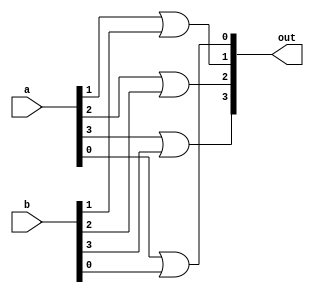
`timescale 1ns / 1ps

module four_or(a, b, out);

input [3:0]a;
input [3:0]b;
output [3:0]out;

or zero(out[0], a[0], b[0]);
or one(out[1], a[1], b[1]);
or two(out[2], a[2], b[2]);
or three(out[3], a[3], b[3]);

endmodule
// When 0000 and 0000 at end, get 1111. Why?